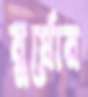
বুর্যোর